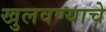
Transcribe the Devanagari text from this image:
खुलवण्याचे